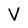
Character: V